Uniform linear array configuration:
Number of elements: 4
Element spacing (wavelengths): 0.75
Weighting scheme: hann
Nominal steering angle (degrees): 45
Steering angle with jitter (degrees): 46.095
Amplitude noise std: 0.05
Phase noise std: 0.05

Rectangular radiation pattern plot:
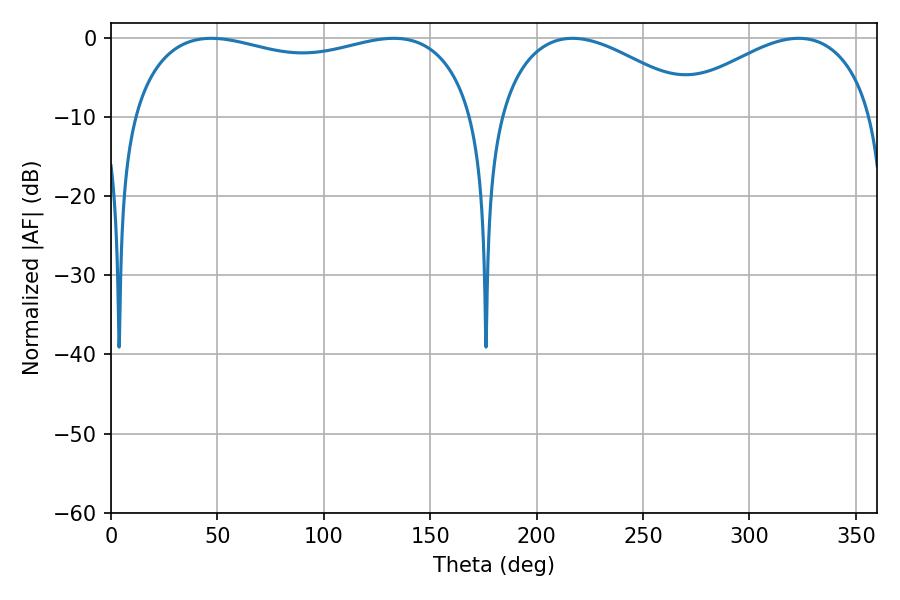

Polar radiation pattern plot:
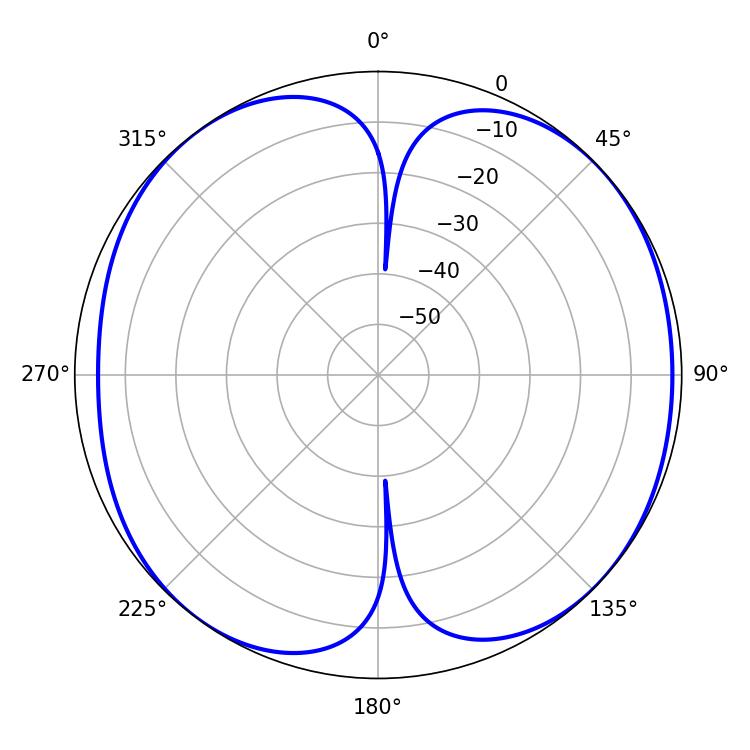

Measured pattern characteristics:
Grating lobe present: TRUE
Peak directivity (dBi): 8.656
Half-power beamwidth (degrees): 132.84
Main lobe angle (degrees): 47.16